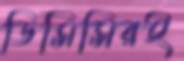
ডিসিসিরই